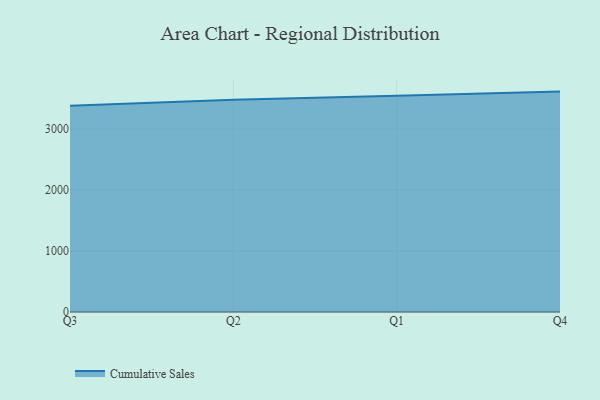
{"axis": {"x": "Quarter", "y": "Satisfaction Score"}, "legend": ["Cumulative Sales"], "data": [{"x": "Q3", "y": 3384.6, "type": "Cumulative Sales"}, {"x": "Q2", "y": 3483.8, "type": "Cumulative Sales"}, {"x": "Q1", "y": 3550.9, "type": "Cumulative Sales"}, {"x": "Q4", "y": 3617.6, "type": "Cumulative Sales"}]}